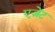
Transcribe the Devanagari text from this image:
एज़ेंट